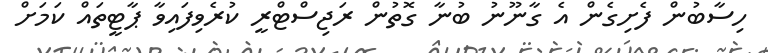
ހިސާބުން ފެށިގެން އެ ގާނޫނު ބުނާ ގޮތުން ރަޖިސްޓްރީ ކުރެވިފައިވާ ޕާޓީތައް ކަމަށް